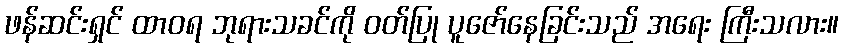
ဖန်ဆင်းရှင် ထာဝရ ဘုရားသခင်ကို ဝတ်ပြု ပူဇော်နေခြင်းသည် အရေး ကြီးသလား။